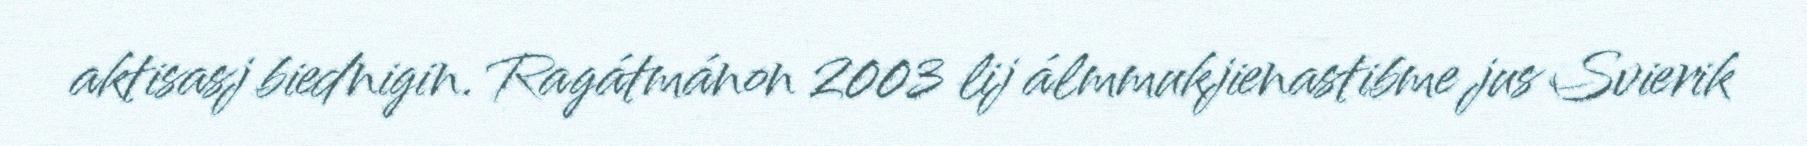
aktisasj biednigin. Ragátmánon 2003 lij álmmukjienastibme jus Svierik